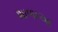
શાળાઆ